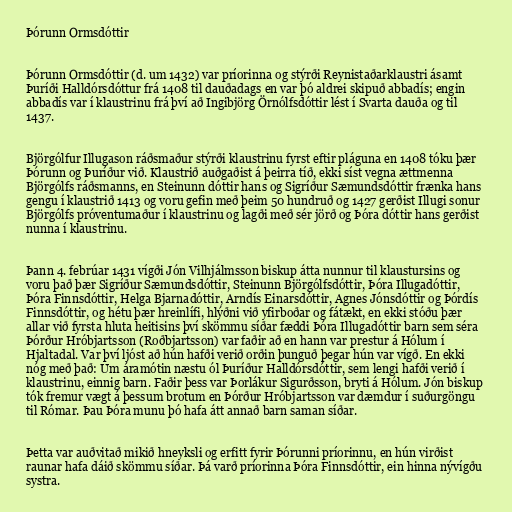
Þórunn Ormsdóttir

Þórunn Ormsdóttir (d. um 1432) var príorinna og stýrði Reynistaðarklaustri ásamt
Þuríði Halldórsdóttur frá 1408 til dauðadags en var þó aldrei skipuð abbadís; engin
abbadís var í klaustrinu frá því að Ingibjörg Örnólfsdóttir lést í Svarta dauða og til
1437.

Björgólfur Illugason ráðsmaður stýrði klaustrinu fyrst eftir pláguna en 1408 tóku þær
Þórunn og Þuríður við. Klaustrið auðgaðist á þeirra tíð, ekki síst vegna ættmenna
Björgólfs ráðsmanns, en Steinunn dóttir hans og Sigríður Sæmundsdóttir frænka hans
gengu í klaustrið 1413 og voru gefin með þeim 50 hundruð og 1427 gerðist Illugi sonur
Björgólfs próventumaður í klaustrinu og lagði með sér jörð og Þóra dóttir hans gerðist
nunna í klaustrinu.

Þann 4. febrúar 1431 vígði Jón Vilhjálmsson biskup átta nunnur til klaustursins og
voru það þær Sigríður Sæmundsdóttir, Steinunn Björgólfsdóttir, Þóra Illugadóttir,
Þóra Finnsdóttir, Helga Bjarnadóttir, Arndís Einarsdóttir, Agnes Jónsdóttir og Þórdís
Finnsdóttir, og hétu þær hreinlífi, hlýðni við yfirboðar og fátækt, en ekki stóðu þær
allar við fyrsta hluta heitisins því skömmu síðar fæddi Þóra Illugadóttir barn sem séra
Þórður Hróbjartsson (Roðbjartsson) var faðir að en hann var prestur á Hólum í
Hjaltadal. Var því ljóst að hún hafði verið orðin þunguð þegar hún var vígð. En ekki
nóg með það: Um áramótin næstu ól Þuríður Halldórsdóttir, sem lengi hafði verið í
klaustrinu, einnig barn. Faðir þess var Þorlákur Sigurðsson, bryti á Hólum. Jón biskup
tók fremur vægt á þessum brotum en Þórður Hróbjartsson var dæmdur í suðurgöngu
til Rómar. Þau Þóra munu þó hafa átt annað barn saman síðar.

Þetta var auðvitað mikið hneyksli og erfitt fyrir Þórunni príorinnu, en hún virðist
raunar hafa dáið skömmu síðar. Þá varð príorinna Þóra Finnsdóttir, ein hinna nývígðu
systra.